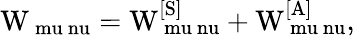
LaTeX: \mathrm{W_{\ mu\ nu}=W_{\ mu\ nu}^{[S]}+W_{\ mu\ nu}^{[A]},}